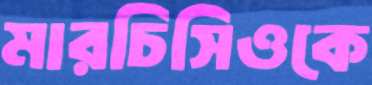
মারচিসিওকে